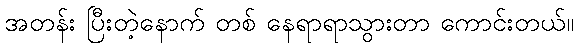
အတန်း ပြီးတဲ့နောက် တစ် နေရာရာသွားတာ ကောင်းတယ်။